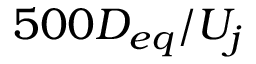
5 0 0 D _ { e q } / U _ { j }